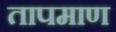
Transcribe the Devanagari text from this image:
तापमाण